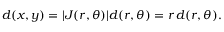
d ( x , y ) = | J ( r , \theta ) | d ( r , \theta ) = r \, d ( r , \theta ) .